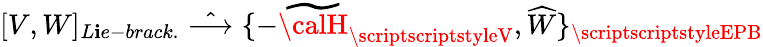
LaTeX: [V,W]_{L\mathbf{i}e-brack.}\; \hat{{\longrightarrow}}\; \{ -{\widetilde{{\calH}}}_{\scriptscriptstyleV},{\widehat{W}}\} _{\scriptscriptstyleEPB}